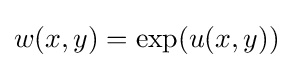
w(x,y)=\exp(u(x,y))